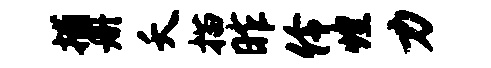
捕册夭描昨伶煌力